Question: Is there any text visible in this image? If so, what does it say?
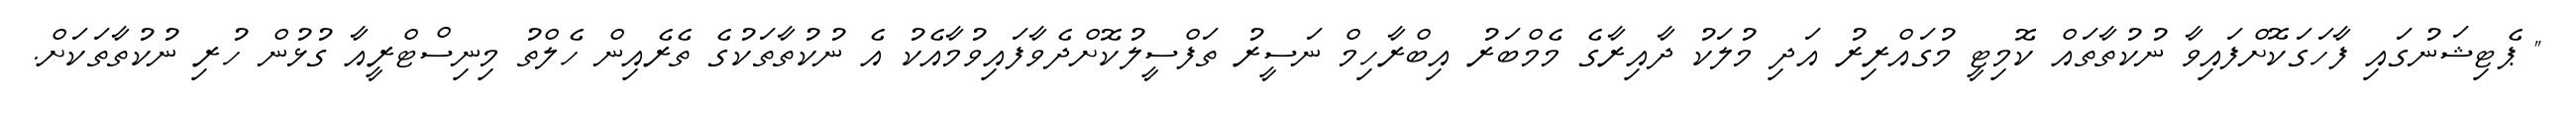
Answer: " ޕެޓިޝަނުގައި ފާހަގަކޮށްފައިވާ ނުކުތާތައް ކޮމިޓީ މުގައްރިރު އަދި މުލަކު ދާއިރާގެ މެމްބަރު އިބްރާހިމް ނަސީރު ތަފްސީލުކޮށްދެވާފައިވުމާއެކު އެ ނުކުތާތަކުގެ ތެރެއިން ހެލްތު މިނިސްޓްރީއާ ގުޅުން ހުރި ނުކުތާތަކަށް.